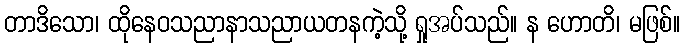
တာဒိသော၊ ထိုနေဝသညာနာသညာယတနကဲ့သို့ ရှုအပ်သည်။ န ဟောတိ၊ မဖြစ်။